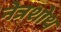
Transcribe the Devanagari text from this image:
नेत्रशोथ